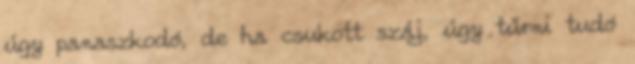
úgy panaszkodó, de ha csukott száj, úgy tűrni tudó